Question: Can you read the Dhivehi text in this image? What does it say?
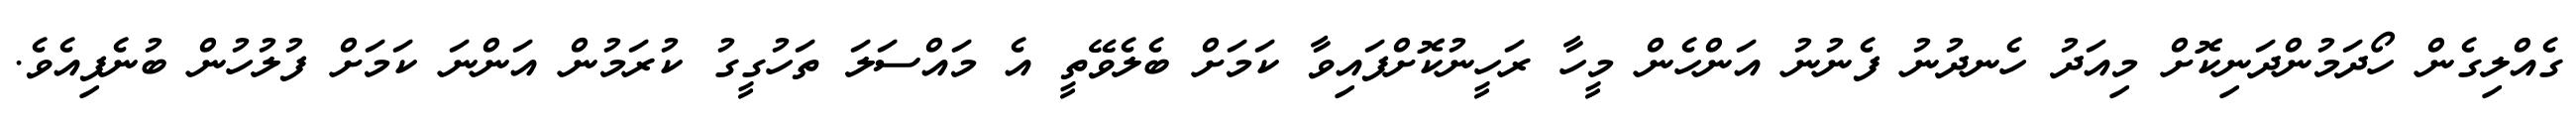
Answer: ގެއްލިގެން ހޯދަމުންދަނިކޮށް މިއަދު ހެނދުނު ފެނުނު އަންހެން މީހާ ރަހީނުކޮށްފައިވާ ކަމަށް ބެލެވޭތީ އެ މައްސަލަ ތަހުގީގު ކުރަމުން އަންނަ ކަމަށް ފުލުހުން ބުނެފިއެވެ.